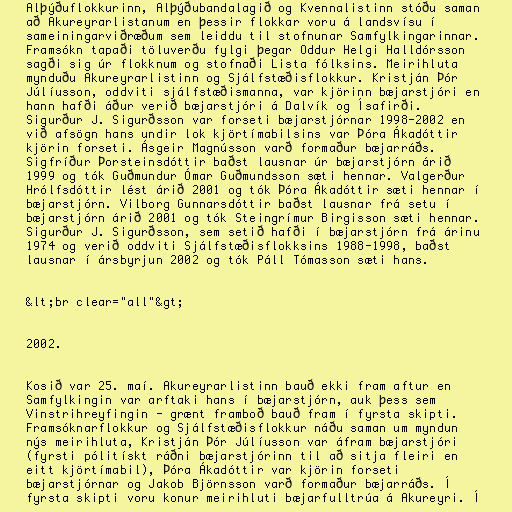
Alþýðuflokkurinn, Alþýðubandalagið og Kvennalistinn stóðu saman
að Akureyrarlistanum en þessir flokkar voru á landsvísu í
sameiningarviðræðum sem leiddu til stofnunar Samfylkingarinnar.
Framsókn tapaði töluverðu fylgi þegar Oddur Helgi Halldórsson
sagði sig úr flokknum og stofnaði Lista fólksins. Meirihluta
mynduðu Akureyrarlistinn og Sjálfstæðisflokkur. Kristján Þór
Júlíusson, oddviti sjálfstæðismanna, var kjörinn bæjarstjóri en
hann hafði áður verið bæjarstjóri á Dalvík og Ísafirði.
Sigurður J. Sigurðsson var forseti bæjarstjórnar 1998-2002 en
við afsögn hans undir lok kjörtímabilsins var Þóra Ákadóttir
kjörin forseti. Ásgeir Magnússon varð formaður bæjarráðs.
Sigfríður Þorsteinsdóttir baðst lausnar úr bæjarstjórn árið
1999 og tók Guðmundur Ómar Guðmundsson sæti hennar. Valgerður
Hrólfsdóttir lést árið 2001 og tók Þóra Ákadóttir sæti hennar í
bæjarstjórn. Vilborg Gunnarsdóttir baðst lausnar frá setu í
bæjarstjórn árið 2001 og tók Steingrímur Birgisson sæti hennar.
Sigurður J. Sigurðsson, sem setið hafði í bæjarstjórn frá árinu
1974 og verið oddviti Sjálfstæðisflokksins 1988-1998, baðst
lausnar í ársbyrjun 2002 og tók Páll Tómasson sæti hans.

&lt;br clear="all"&gt;

2002.

Kosið var 25. maí. Akureyrarlistinn bauð ekki fram aftur en
Samfylkingin var arftaki hans í bæjarstjórn, auk þess sem
Vinstrihreyfingin - grænt framboð bauð fram í fyrsta skipti.
Framsóknarflokkur og Sjálfstæðisflokkur náðu saman um myndun
nýs meirihluta, Kristján Þór Júlíusson var áfram bæjarstjóri
(fyrsti pólitískt ráðni bæjarstjórinn til að sitja fleiri en
eitt kjörtímabil), Þóra Ákadóttir var kjörin forseti
bæjarstjórnar og Jakob Björnsson varð formaður bæjarráðs. Í
fyrsta skipti voru konur meirihluti bæjarfulltrúa á Akureyri. Í